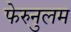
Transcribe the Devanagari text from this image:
फेरुनुलम